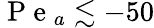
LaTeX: \mathrm{~P~e~}_{a}\lesssim-50